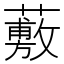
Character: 𧀮